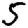
Digit: 5